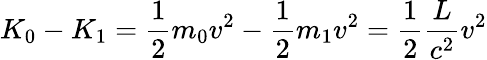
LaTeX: K_{0}-K_{1}={\frac{1}{2}}m_{0}v^{2}-{\frac{1}{2}}m_{1}v^{2}={\frac{1}{2}}\frac{L}{c^{2}}v^{2}